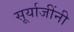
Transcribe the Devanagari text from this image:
सूर्याजींनी